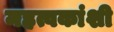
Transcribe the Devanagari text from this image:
महत्वकांशी